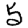
Digit: 5